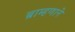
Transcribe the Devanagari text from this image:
ब्राम्हणाने